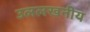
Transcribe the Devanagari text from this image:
उललखनीय